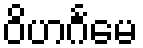
ဝိဟင်္ဂမေ